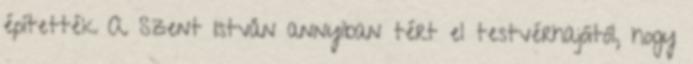
építették A Szent István annyiban tért el testvérhajóitól, hogy